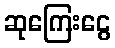
ဆုကြေးငွေ